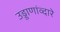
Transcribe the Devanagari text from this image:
उड्डाणांव्दारे